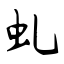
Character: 虬